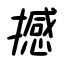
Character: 撼